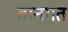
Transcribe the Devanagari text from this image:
तानगत